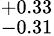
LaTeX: ^{+0.33}_{-0.31}